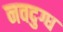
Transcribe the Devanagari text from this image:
नवदुग्ध